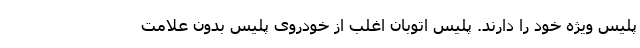
پلیس ویژه خود را دارند. پلیس اتوبان اغلب از خودروی پلیسِ بدونِ علامت